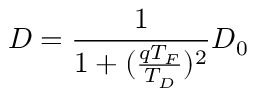
D = \frac { 1 } { 1 + ( \frac { q T _ { F } } { T _ { D } } ) ^ { 2 } } D _ { 0 }